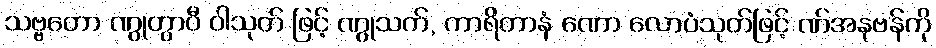
သဗ္ဗတော ဏွုတွာဝီ ဝါသုတ် ဖြင့် ဏွုသက်, ကာရိတာနံ ဏော လောပံသုတ်ဖြင့် ဏ်အနုဗန်ကို